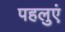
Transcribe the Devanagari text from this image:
पहलुएं